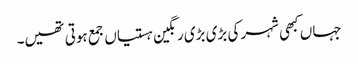
جہاں کبھی شہر کی بڑی بڑی رنگین ہستیاں جمع ہوتی تھیں۔